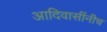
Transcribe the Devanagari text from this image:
आदिवासींनीच